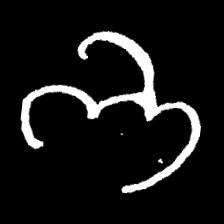
Pyu character \u2014 Myanmar letter: ဘ (romanized: bha)